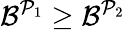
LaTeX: \mathcal{B}^{\mathcal{{P}}_{1}}\geq\mathcal{B}^{\mathcal{{P}}_{2}}